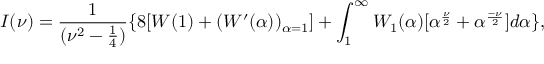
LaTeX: I ( \nu ) = \frac { 1 } { ( \nu ^ { 2 } - \frac { 1 } { 4 } ) } \{ 8 [ W ( 1 ) + ( W ^ { \prime } ( \alpha ) ) _ { \alpha = 1 } ] + \int _ { 1 } ^ { \infty } W _ { 1 } ( \alpha ) [ \alpha ^ { \frac { \nu } { 2 } } + \alpha ^ { \frac { - \nu } { 2 } } ] d \alpha \} ,